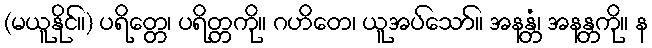
(မယူနိုင်။) ပရိတ္တေ၊ ပရိတ္တကို။ ဂဟိတေ၊ ယူအပ်သော်။ အနန္တံ၊ အနန္တကို။ န